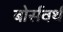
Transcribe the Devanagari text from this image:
बोर्सवर्थ